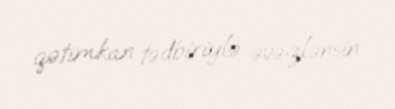
qətimkan tədbiriylə əvəzlənsin.